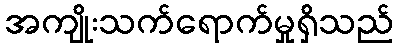
အကျိုးသက်ရောက်မှုရှိသည်